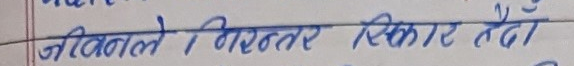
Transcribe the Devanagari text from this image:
जीवितले निरन्तर सिकार हेर्दै